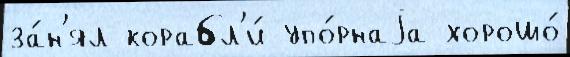
за́н'ял корабл'и́ упо́рнаjа хорошо́